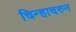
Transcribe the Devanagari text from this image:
चिन्हाचरुन